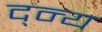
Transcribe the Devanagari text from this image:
द्न्य